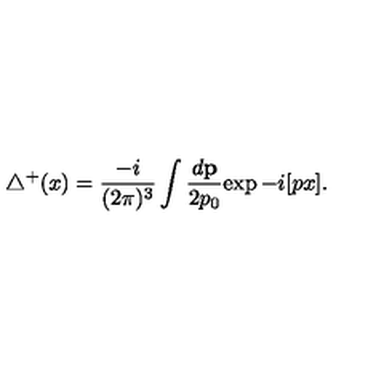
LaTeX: { \triangle } ^ { + } ( x ) = \frac { - i } { ( 2 \pi ) ^ { 3 } } \int \frac { d { \bf p } } { 2 p _ { 0 } } { \exp - i [ p x ] } .